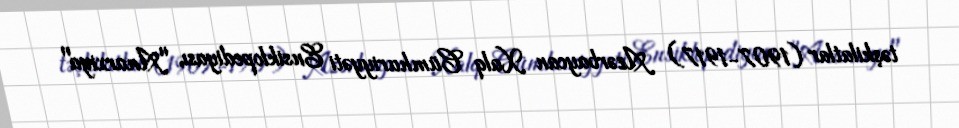
təşkilatlar (1907-1917) Azərbaycan Xalq Cümhuriyyəti Ensiklopediyası, "Anarxiya"